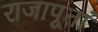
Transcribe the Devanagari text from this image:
राजापूतां